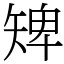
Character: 𥏠